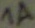
Text: 1A